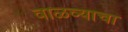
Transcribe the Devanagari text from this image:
वाळव्याचा